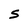
Character: S